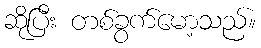
ဆိုပြီး တစ်ခွက်မော့သည်။